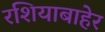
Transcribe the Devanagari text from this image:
रशियाबाहेर